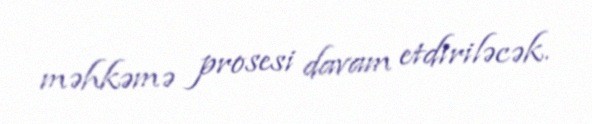
məhkəmə prosesi davam etdiriləcək.